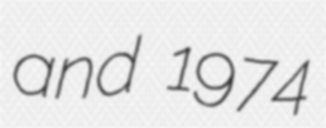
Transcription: and 1974